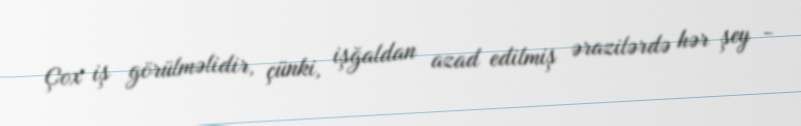
Çox iş görülməlidir, çünki, işğaldan azad edilmiş ərazilərdə hər şey -